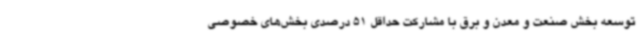
توسعه بخش صنعت و معدن و برق با مشارکت حداقل 51 درصدی بخش‌های خصوصی